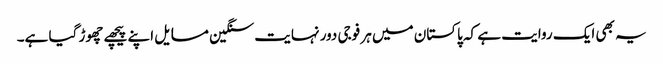
یہ بھی ایک روایت ہے کہ پاکستان میں ہر فوجی دور نہایت سنگین مسایل اپنے پیچھے چھوڑ گیا ہے۔